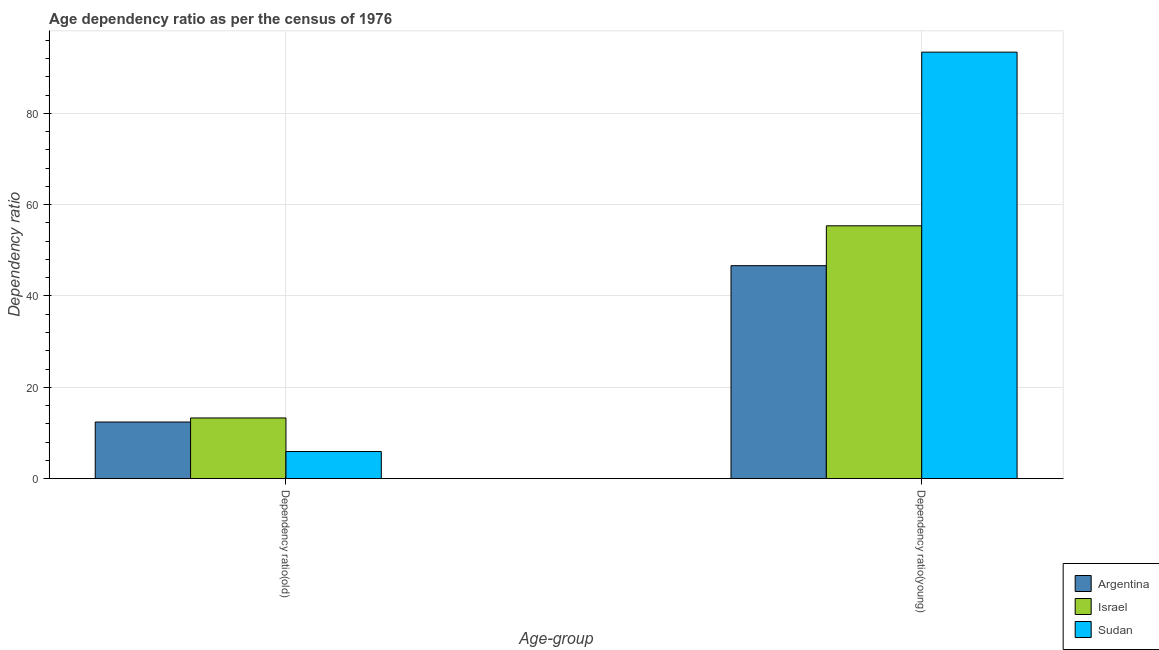
| Age-group | Argentina | Israel | Sudan |
 | --- | --- | --- | --- |
 | Dependency ratio(old) | 12.4 | 13.3 | 5.93 |
 | Dependency ratio(young) | 46.6 | 55.4 | 93.4 |